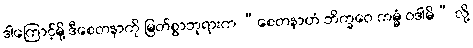
ဒါကြောင့်မို့ ဒီစေတနာကို မြတ်စွာဘုရားက “စေတနာဟံ ဘိက္ခဝေ ကမ္မံ ဝဒါမိ” လို့